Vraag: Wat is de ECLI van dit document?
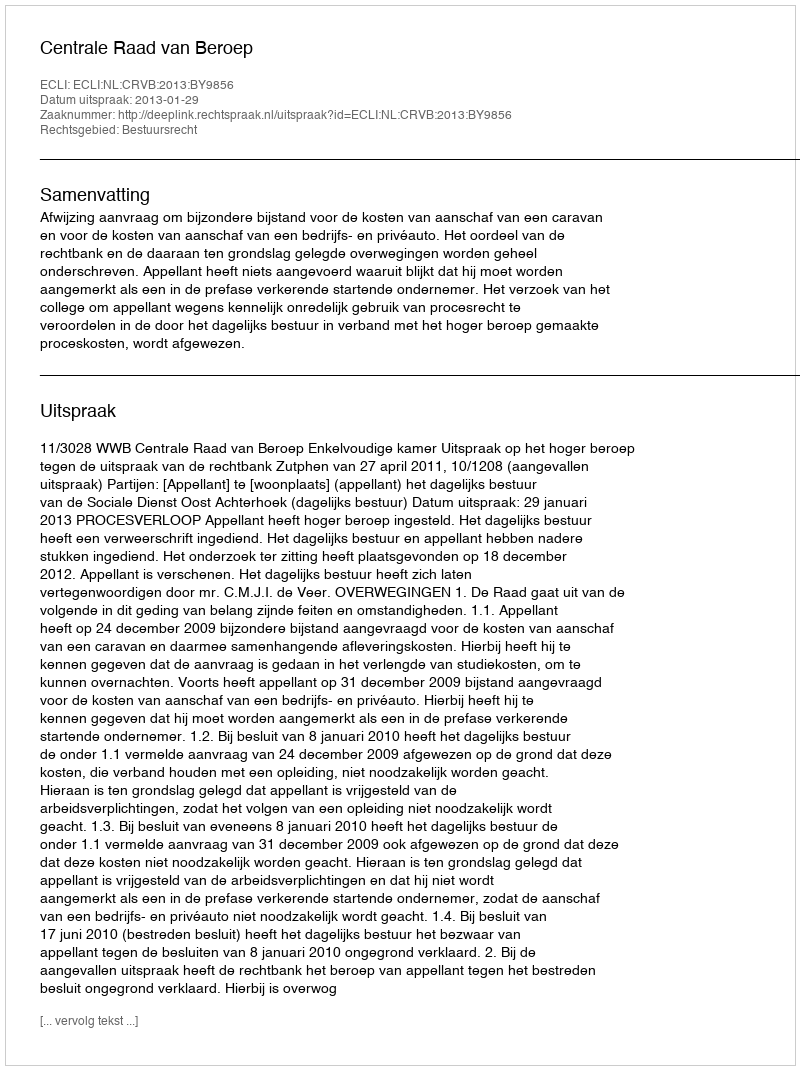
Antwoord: ECLI:NL:CRVB:2013:BY9856